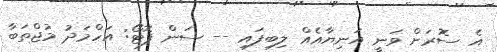
އެ ސޮރަށް ވަނީ އަނިޔާއެއް ލިބިފައި -- ސަން ފޮޓޯ: އަހްމަދު މުޖްތަބާ